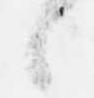
候